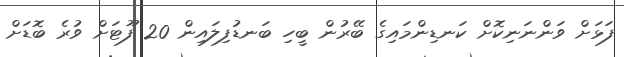
ފަޅަށް ވަންނަނިކޮށް ކަނޑިންމައިގެ ބޭރުން ބީހި ބަނޑުފިލައިން 20 ފޫޓަށް ވުރެ ބޮޑަށް